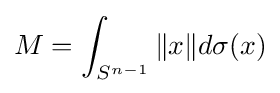
M=\int _{S^{n-1}}\|x\|d\sigma (x)